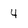
Character: 4